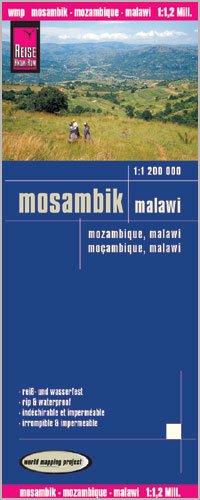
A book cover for Malawi & Mozambique 1,200,000 Travel Map, waterproof, GPS-compatible REISE, 2012 edition; Reise Knowhow; Travel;